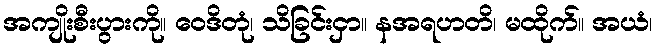
အကျိုးစီးပွားကို။ ဝေဒိတုံ၊ သိခြင်းငှာ။ နအရဟတိ၊ မထိုက်။ အယံ၊